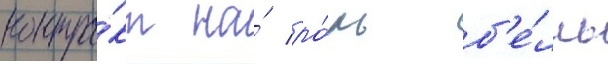
контра́кт на́ ро́ль б'е́лль